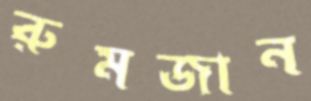
রুমজান